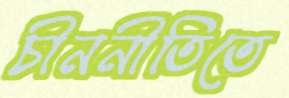
চীননীতিতে